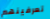
تعرفينهم